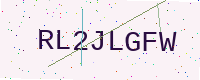
Text: RL2JLGFW